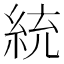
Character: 統